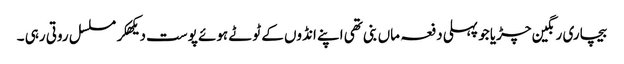
بیچاری رنگین چڑیا جو پہلی دفعہ ماں بنی تھی اپنے انڈوں کے ٹوٹے ہوئے پوست دیکھکر مسلسل روتی رہی ۔